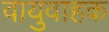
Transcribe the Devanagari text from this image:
वायुवाहक